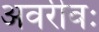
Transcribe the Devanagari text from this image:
अवरीवः